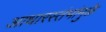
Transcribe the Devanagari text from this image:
आधारस्तंभांमुळे